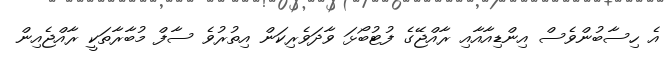
އެ ހިސާބުންވެސް އިންޑިއާއާއި ރާއްޖޭގެ ފުޓުބޯޅަ ވާދަވެރިކަން އިތުރުވެ ސާފް މުބާރާތަކީ ރާއްޖެއިން